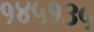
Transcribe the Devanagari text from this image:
१४५१३५